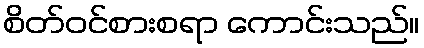
စိတ်ဝင်စားစရာ ကောင်းသည်။